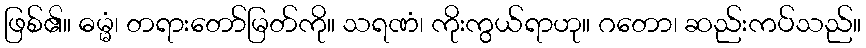
ဖြစ်၏။ ဓမ္မံ၊ တရားတော်မြတ်ကို။ သရဏံ၊ ကိုးကွယ်ရာဟု။ ဂတော၊ ဆည်းကပ်သည်။